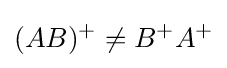
(AB)^{+}\neq B^{+}A^{+}